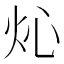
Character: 𤆸